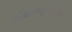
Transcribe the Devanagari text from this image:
लोकस्ताद्रूप्यभियात